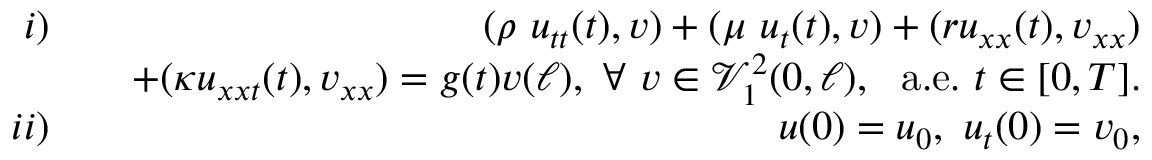
\begin{array} { r l r } { i ) } & { } & { \ \ ( \rho \ u _ { t t } ( t ) , v ) + ( \mu \ u _ { t } ( t ) , v ) + ( r u _ { x x } ( t ) , v _ { x x } ) } \\ & { } & { + ( \kappa u _ { x x t } ( t ) , v _ { x x } ) = g ( t ) v ( \ell ) , \ \forall \ v \in \mathcal { V } _ { 1 } ^ { 2 } ( 0 , \ell ) , \ \ \mathrm { a . e . } \ t \in [ 0 , T ] . } \\ { i i ) } & { } & { \ \ u ( 0 ) = u _ { 0 } , \ u _ { t } ( 0 ) = v _ { 0 } , } \end{array}